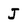
Character: J